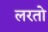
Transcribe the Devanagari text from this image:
लरतो